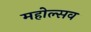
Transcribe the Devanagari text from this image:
महोल्सव